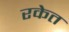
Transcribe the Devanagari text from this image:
रकेत